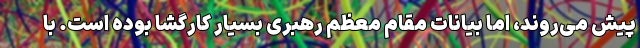
پیش می‌‌روند، اما بیانات مقام معظم رهبری بسیار کارگشا بوده است. با